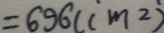
= 6 9 6 ( c m ^ { 2 } )